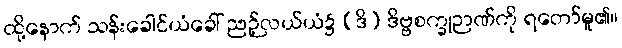
ထို့နောက် သန်းခေါင်ယံခေါ် ညဉ့်လယ်ယံ၌ (ဒိ) ဒိဗ္ဗစက္ခုဉာဏ်ကို ရတော်မူ၏။